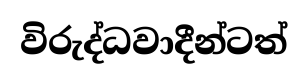
විරුද්ධවාදීන්ටත්